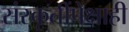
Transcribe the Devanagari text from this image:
संस्कृतींपेक्षाही